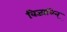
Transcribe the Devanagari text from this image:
विज्ञाविन्